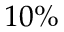
1 0 \%